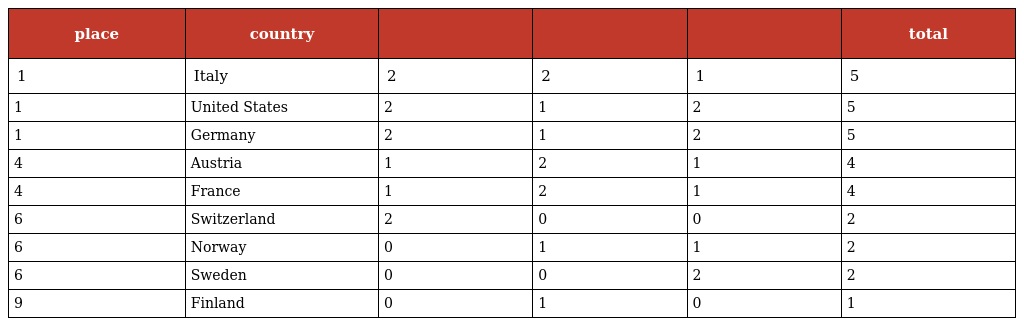
| place | country |  |  |  | total |
 | --- | --- | --- | --- | --- | --- |
 | 1 | Italy | 2 | 2 | 1 | 5 |
 | 1 | United States | 2 | 1 | 2 | 5 |
 | 1 | Germany | 2 | 1 | 2 | 5 |
 | 4 | Austria | 1 | 2 | 1 | 4 |
 | 4 | France | 1 | 2 | 1 | 4 |
 | 6 | Switzerland | 2 | 0 | 0 | 2 |
 | 6 | Norway | 0 | 1 | 1 | 2 |
 | 6 | Sweden | 0 | 0 | 2 | 2 |
 | 9 | Finland | 0 | 1 | 0 | 1 |